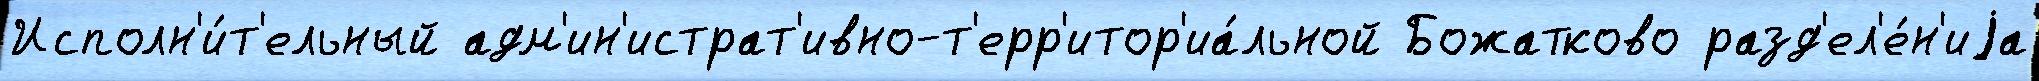
Исполн'и́т'ельный адм'ин'истрат'ивно-т'ерр'итор'иа́льной Божатково разд'ел'е́н'иjа